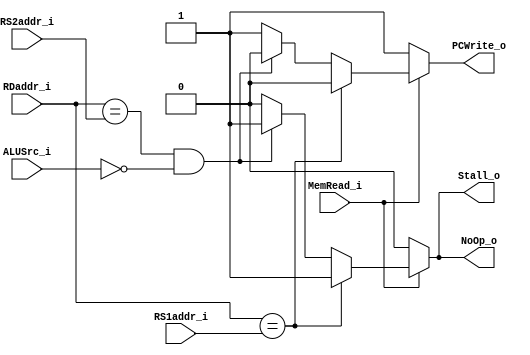
module HazardDetectionUnit
(
    MemRead_i,
    ALUSrc_i,
    RDaddr_i,
    RS1addr_i,
    RS2addr_i,
    PCWrite_o,
    Stall_o,
    NoOp_o,
);
    input MemRead_i;
    input ALUSrc_i;
    input[4:0] RDaddr_i;
    input[4:0] RS1addr_i;
    input[4:0] RS2addr_i;
    output PCWrite_o;
    output Stall_o;
    output NoOp_o;

    reg PCWrite_reg;
    reg Stall_reg;
    reg NoOp_reg;
    assign PCWrite_o = PCWrite_reg;
    assign Stall_o = Stall_reg;
    assign NoOp_o = NoOp_reg;

    always@(*) begin
        if (MemRead_i) begin
            if (RDaddr_i == RS1addr_i) begin
                PCWrite_reg <= 0;
                Stall_reg <= 1;
                NoOp_reg <= 1;
            end
            else if (RDaddr_i == RS2addr_i && ALUSrc_i == 0) begin
                PCWrite_reg <= 0;
                Stall_reg <= 1;
                NoOp_reg <= 1;
            end
            else begin
                PCWrite_reg <= 1;
                Stall_reg <= 0;
                NoOp_reg <= 0;
            end
        end
        else begin
            PCWrite_reg <= 1;
            Stall_reg <= 0;
            NoOp_reg <= 0;
        end
    end

endmodule